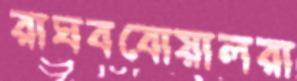
রাঘববোয়ালরা